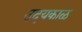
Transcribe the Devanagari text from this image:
उदयकाळ